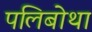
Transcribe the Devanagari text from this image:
पलिबोथा